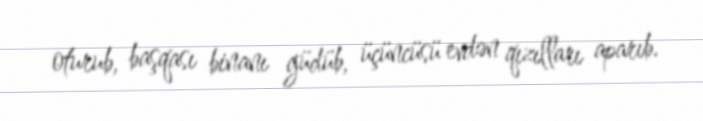
oturub, başqası binanı güdüb, üçüncüsü evdən qızılları aparıb.